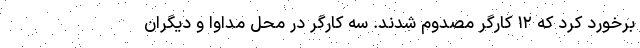
برخورد کرد که ۱۲ کارگر مصدوم شدند. سه کارگر در محل مداوا و دیگران